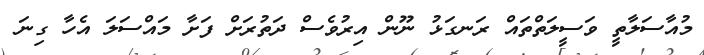
މުއާސަލާތީ ވަސީލަތްތައް ރަނގަޅު ނޫން އިރުވެސް ދަތުރަށް ފަށާ މައްސަލަ އެހާ ގިނަ